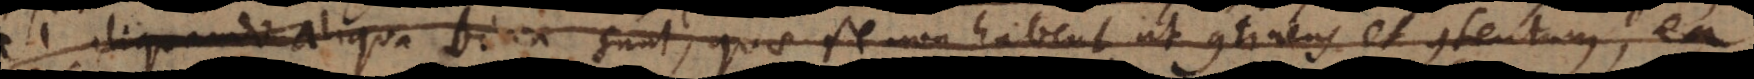
si aliquando aliqua bina sunt, quae se non habent ut continens et contentum, ea